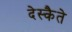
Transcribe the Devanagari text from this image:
देस्कैते